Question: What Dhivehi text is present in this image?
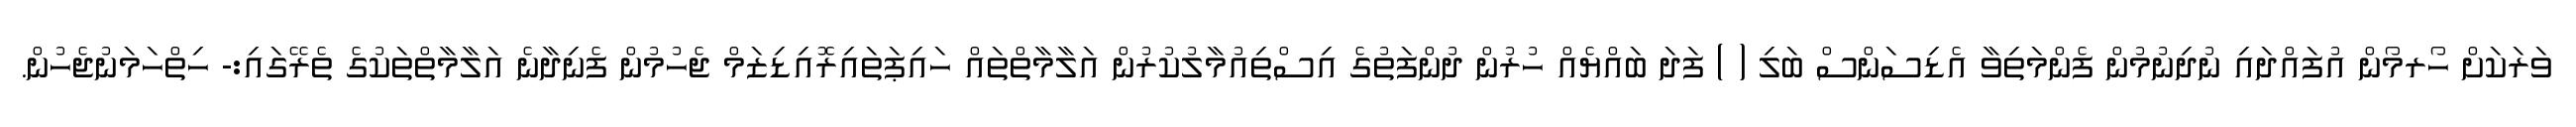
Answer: ވަރަކަށް ހޯރމޯން އުފައްދައި ނުދިނުމުން ފެންމަތިވާ އެޑިސަންސް ބަލި ( ) ފަދަ ބައްޔެއް ހުރުން ދުންފަތުގެ އިސްތިއުމާލުކުރުން އަލާމާތްތައް ހައިޕަތައިރޮއިޑިޒަމް ޖެހުމުން ފެނިދާނެ އަލާމާތްތަކުގެ ތެރޭގައި:- ހިތްހަމަނުޖެހުން.